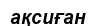
ақсиған